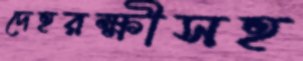
দেহরক্ষীসহ